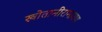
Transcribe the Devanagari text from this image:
खोतानीरामायण